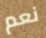
نعم